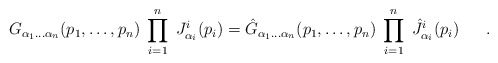
\begin{align*}G_{\alpha_1\ldots\alpha_n}(p_1,\ldots,p_n)\;\prod_{i=1}^{n}\; J_{\alpha_i}^i(p_i) = \hat{G}_{\alpha_1\ldots\alpha_n}(p_1,\ldots,p_n)\;\prod_{i=1}^{n}\;\hat{J}_{\alpha_i}^i(p_i) \ \ \ \ \ . \end{align*}